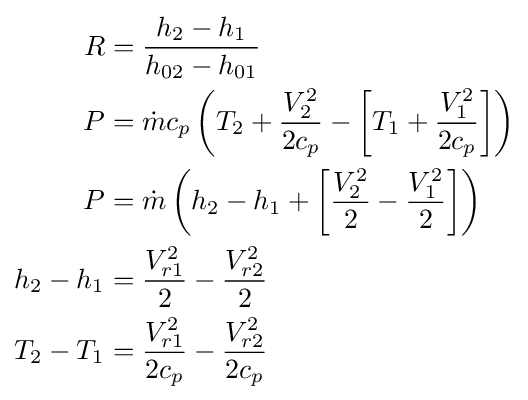
{\begin{aligned}R&={\frac {h_{2}-h_{1}}{h_{02}-h_{01}}}\\P&={\dot {m}}c_{p}\left(T_{2}+{\frac {V_{2}^{2}}{2c_{p}}}-\left[T_{1}+{\frac {V_{1}^{2}}{2c_{p}}}\right]\right)\\P&={\dot {m}}\left(h_{2}-h_{1}+\left[{\frac {V_{2}^{2}}{2}}-{\frac {V_{1}^{2}}{2}}\right]\right)\\h_{2}-h_{1}&={\frac {V_{r1}^{2}}{2}}-{\frac {V_{r2}^{2}}{2}}\\T_{2}-T_{1}&={\frac {V_{r1}^{2}}{2c_{p}}}-{\frac {V_{r2}^{2}}{2c_{p}}}\end{aligned}}